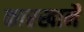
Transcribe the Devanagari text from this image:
कारखानै